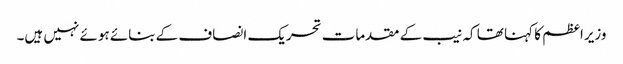
وزیراعظم کا کہنا تھا کہ نیب کے مقدمات تحریک انصاف کے بنائے ہوئے نہیں ہیں۔